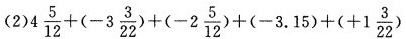
(2)$$4 \frac { 5 } { 1 2 } + ( - 3 \frac { 3 } { 2 2 } ) + ( - 2 \frac { 5 } { 1 2 } ) + ( - 3 . 1 5 ) + ( + 1 \frac { 3 } { 2 2 ) }$$